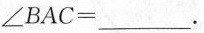
∠BAC=___.